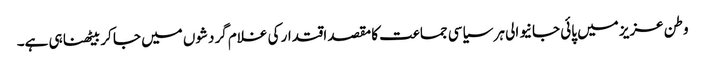
وطن عزیز میں پائی جانیوالی ہر سیاسی جماعت کا مقصد اقتدار کی غلام گردشوں میں جا کر بیٹھنا ہی ہے۔